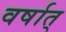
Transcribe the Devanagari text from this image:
वर्षात्